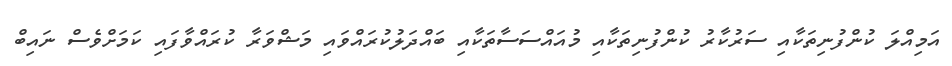
އަމިއްލަ ކުންފުނިތަކާއި ސަރުކާރު ކުންފުނިތަކާއި މުއައްސަސާތަކާއި ބައްދަލުކުރައްވައި މަޝްވަރާ ކުރައްވާފައި ކަމަށްވެސް ނައިބް